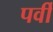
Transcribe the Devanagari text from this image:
पर्वी